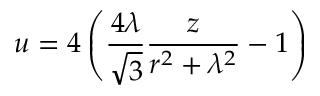
u = 4 \left( { \frac { 4 \lambda } { \sqrt { 3 } } } { \frac { z } { r ^ { 2 } + \lambda ^ { 2 } } } - 1 \right)